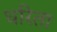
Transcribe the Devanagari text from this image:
धरिता